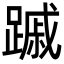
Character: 䠞